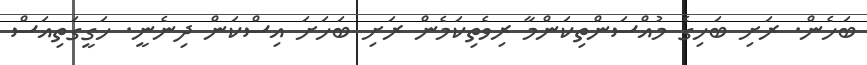
ބަހެން. ރަށި ބަހިގެ މުއްސަންތިކަންމާ ރިވެތިކަމެން ރަށި ބަހަށަ އިސްކަން ދިނެނީ. ހަގީގަތިއަސް